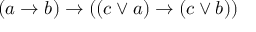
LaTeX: ( a \rightarrow b ) \rightarrow ( ( c \lor a ) \rightarrow ( c \lor b ) )